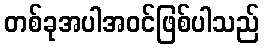
တစ်ခုအပါအဝင်ဖြစ်ပါသည်